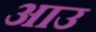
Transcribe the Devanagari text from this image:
आउ